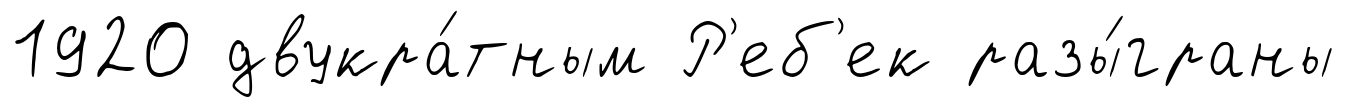
1920 двукра́тным Р'еб'ек разы́граны